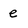
Character: e